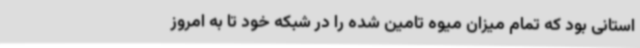
استانی بود که تمام میزان میوه تامین شده را در شبکه خود تا به امروز